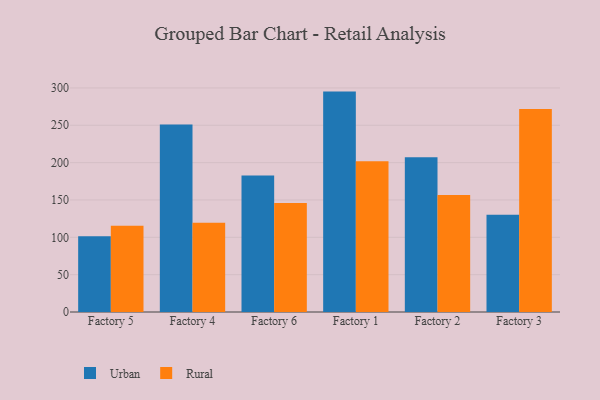
{"axis": {"x": "Factory", "y": "Headcount"}, "legend": ["Rural", "Urban"], "data": [{"x": "Factory 5", "y": 101.5, "type": "Urban"}, {"x": "Factory 5", "y": 115.4, "type": "Rural"}, {"x": "Factory 4", "y": 251.1, "type": "Urban"}, {"x": "Factory 4", "y": 119.5, "type": "Rural"}, {"x": "Factory 6", "y": 182.9, "type": "Urban"}, {"x": "Factory 6", "y": 146.0, "type": "Rural"}, {"x": "Factory 1", "y": 295.1, "type": "Urban"}, {"x": "Factory 1", "y": 201.9, "type": "Rural"}, {"x": "Factory 2", "y": 207.3, "type": "Urban"}, {"x": "Factory 2", "y": 156.6, "type": "Rural"}, {"x": "Factory 3", "y": 130.1, "type": "Urban"}, {"x": "Factory 3", "y": 271.9, "type": "Rural"}]}